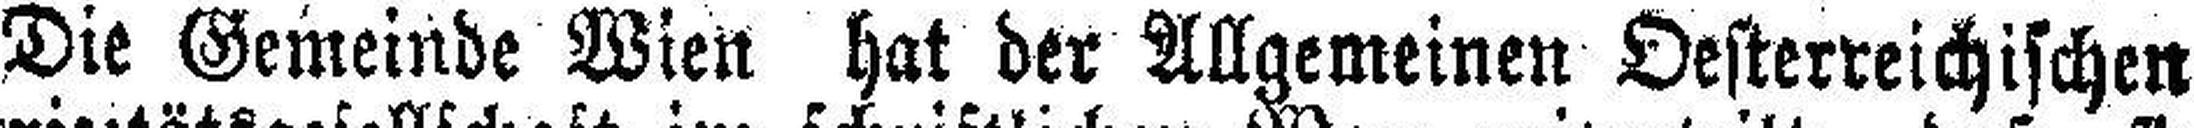
Die Gemeinde Wien hat der Allgemeinen Oesterreichischen